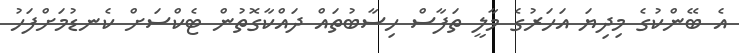
އެ ބޭންކުގެ މިދިޔަ އަހަރުގެ މާލީ ތަފާސް ހިސާބުތައް ދައްކާގޮތުން ޓެކްސަށް ކެނޑުމަށްފަހު